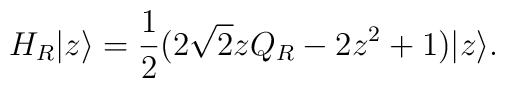
H_R|z \rangle = \frac{1}{2}(2\sqrt{2} z Q_R - 2 z^2 +1)|z \rangle.